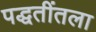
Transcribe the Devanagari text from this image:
पद्धतींतला